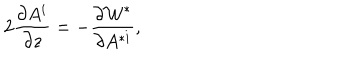
2 \frac { \partial A ^ { i } } { \partial z } = - \frac { \partial { \cal W } ^ { * } } { \partial A ^ { * i } } ,